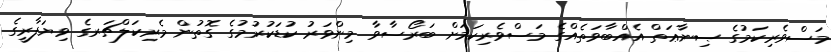
މަސްވެރިކަމުގެ ޞިނާޢަތް އެއްބާވަތެއްގެ މަސްވެރިކަމަށް ބަރޯސާވާ މިންވަރު ކުޑަކުރުމުގެ ގޮތުން މެރިކަލްޗަރގެ ވިޔަފާރީގެ